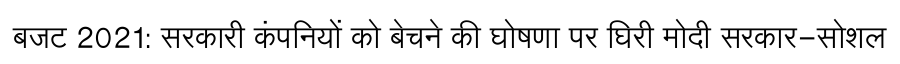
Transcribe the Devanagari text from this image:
बजट 2021: सरकारी कंपनियों को बेचने की घोषणा पर घिरी मोदी सरकार-सोशल